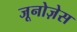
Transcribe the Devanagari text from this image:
जूनोज़ेस